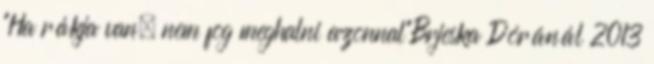
"Ha rákja van, nem fog meghalni azonnal"Brjeska Dóránál 2013